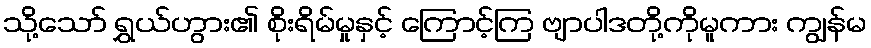
သို့သော် ရွှယ်ဟွား၏ စိုးရိမ်မှုနှင့် ကြောင့်ကြ ဗျာပါဒတို့ကိုမူကား ကျွန်မ